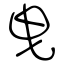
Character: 曳